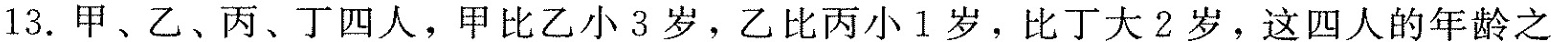
13. 甲、乙、丙、丁四人，甲比乙小3岁，乙比丙小1岁，比丁大2岁，这四人的年龄之